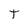
Character: T